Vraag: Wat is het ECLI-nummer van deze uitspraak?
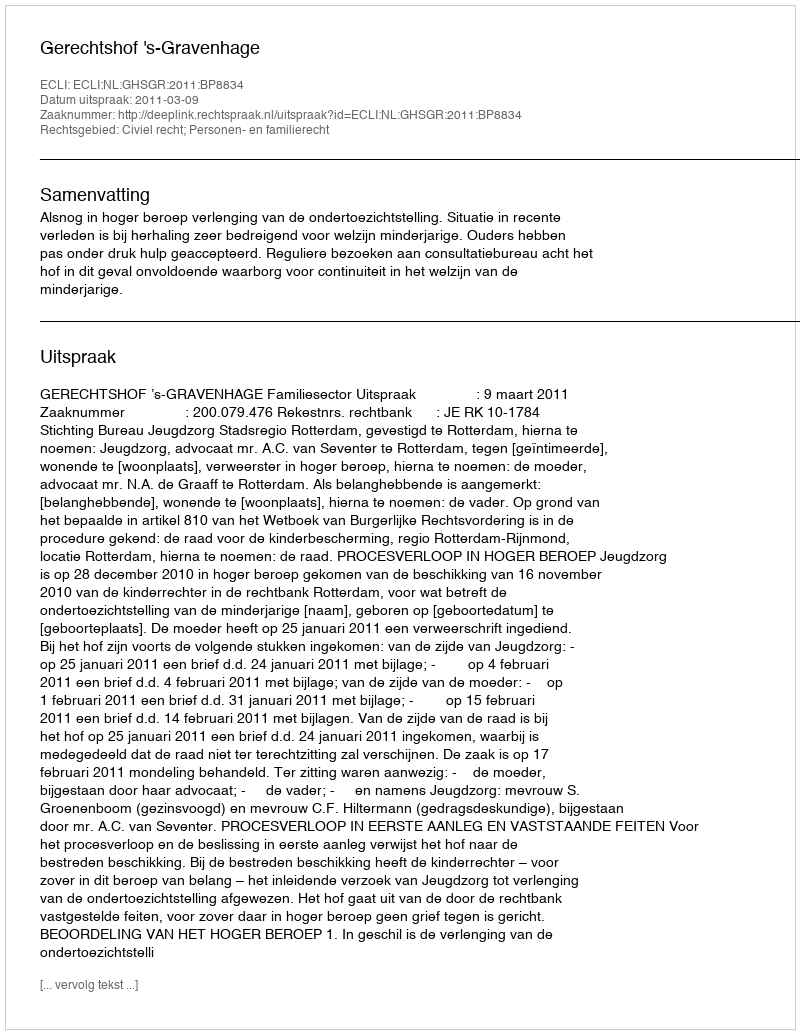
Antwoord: ECLI:NL:GHSGR:2011:BP8834